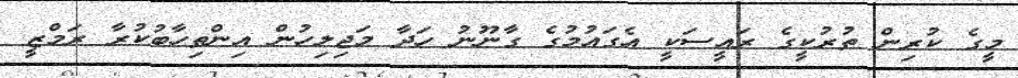
މީގެ ކުރިން ތުރުކީގެ ރައީސަކީ އެގައުމުގެ ގާނޫނު ހަދާ މަޖިލިހުން އިންތިހާބުކުރާ ރަމްޒީ